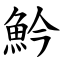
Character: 䰼